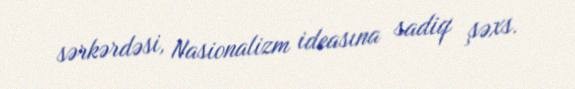
sərkərdəsi, Nasionalizm ideasına sadiq şəxs.